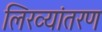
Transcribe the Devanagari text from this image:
लिख्यांतरण